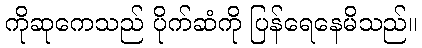
ကိုဆုကေသည် ပိုက်ဆံကို ပြန်ရေနေမိသည်။